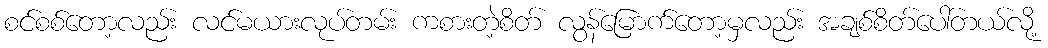
စင်စစ်တော့လည်း လင်မယားလုပ်တမ်း ကစားတဲ့စိတ် လွန်မြောက်တော့မှလည်း အချစ်စိတ်ပေါ်တယ်လို့